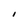
Character: I